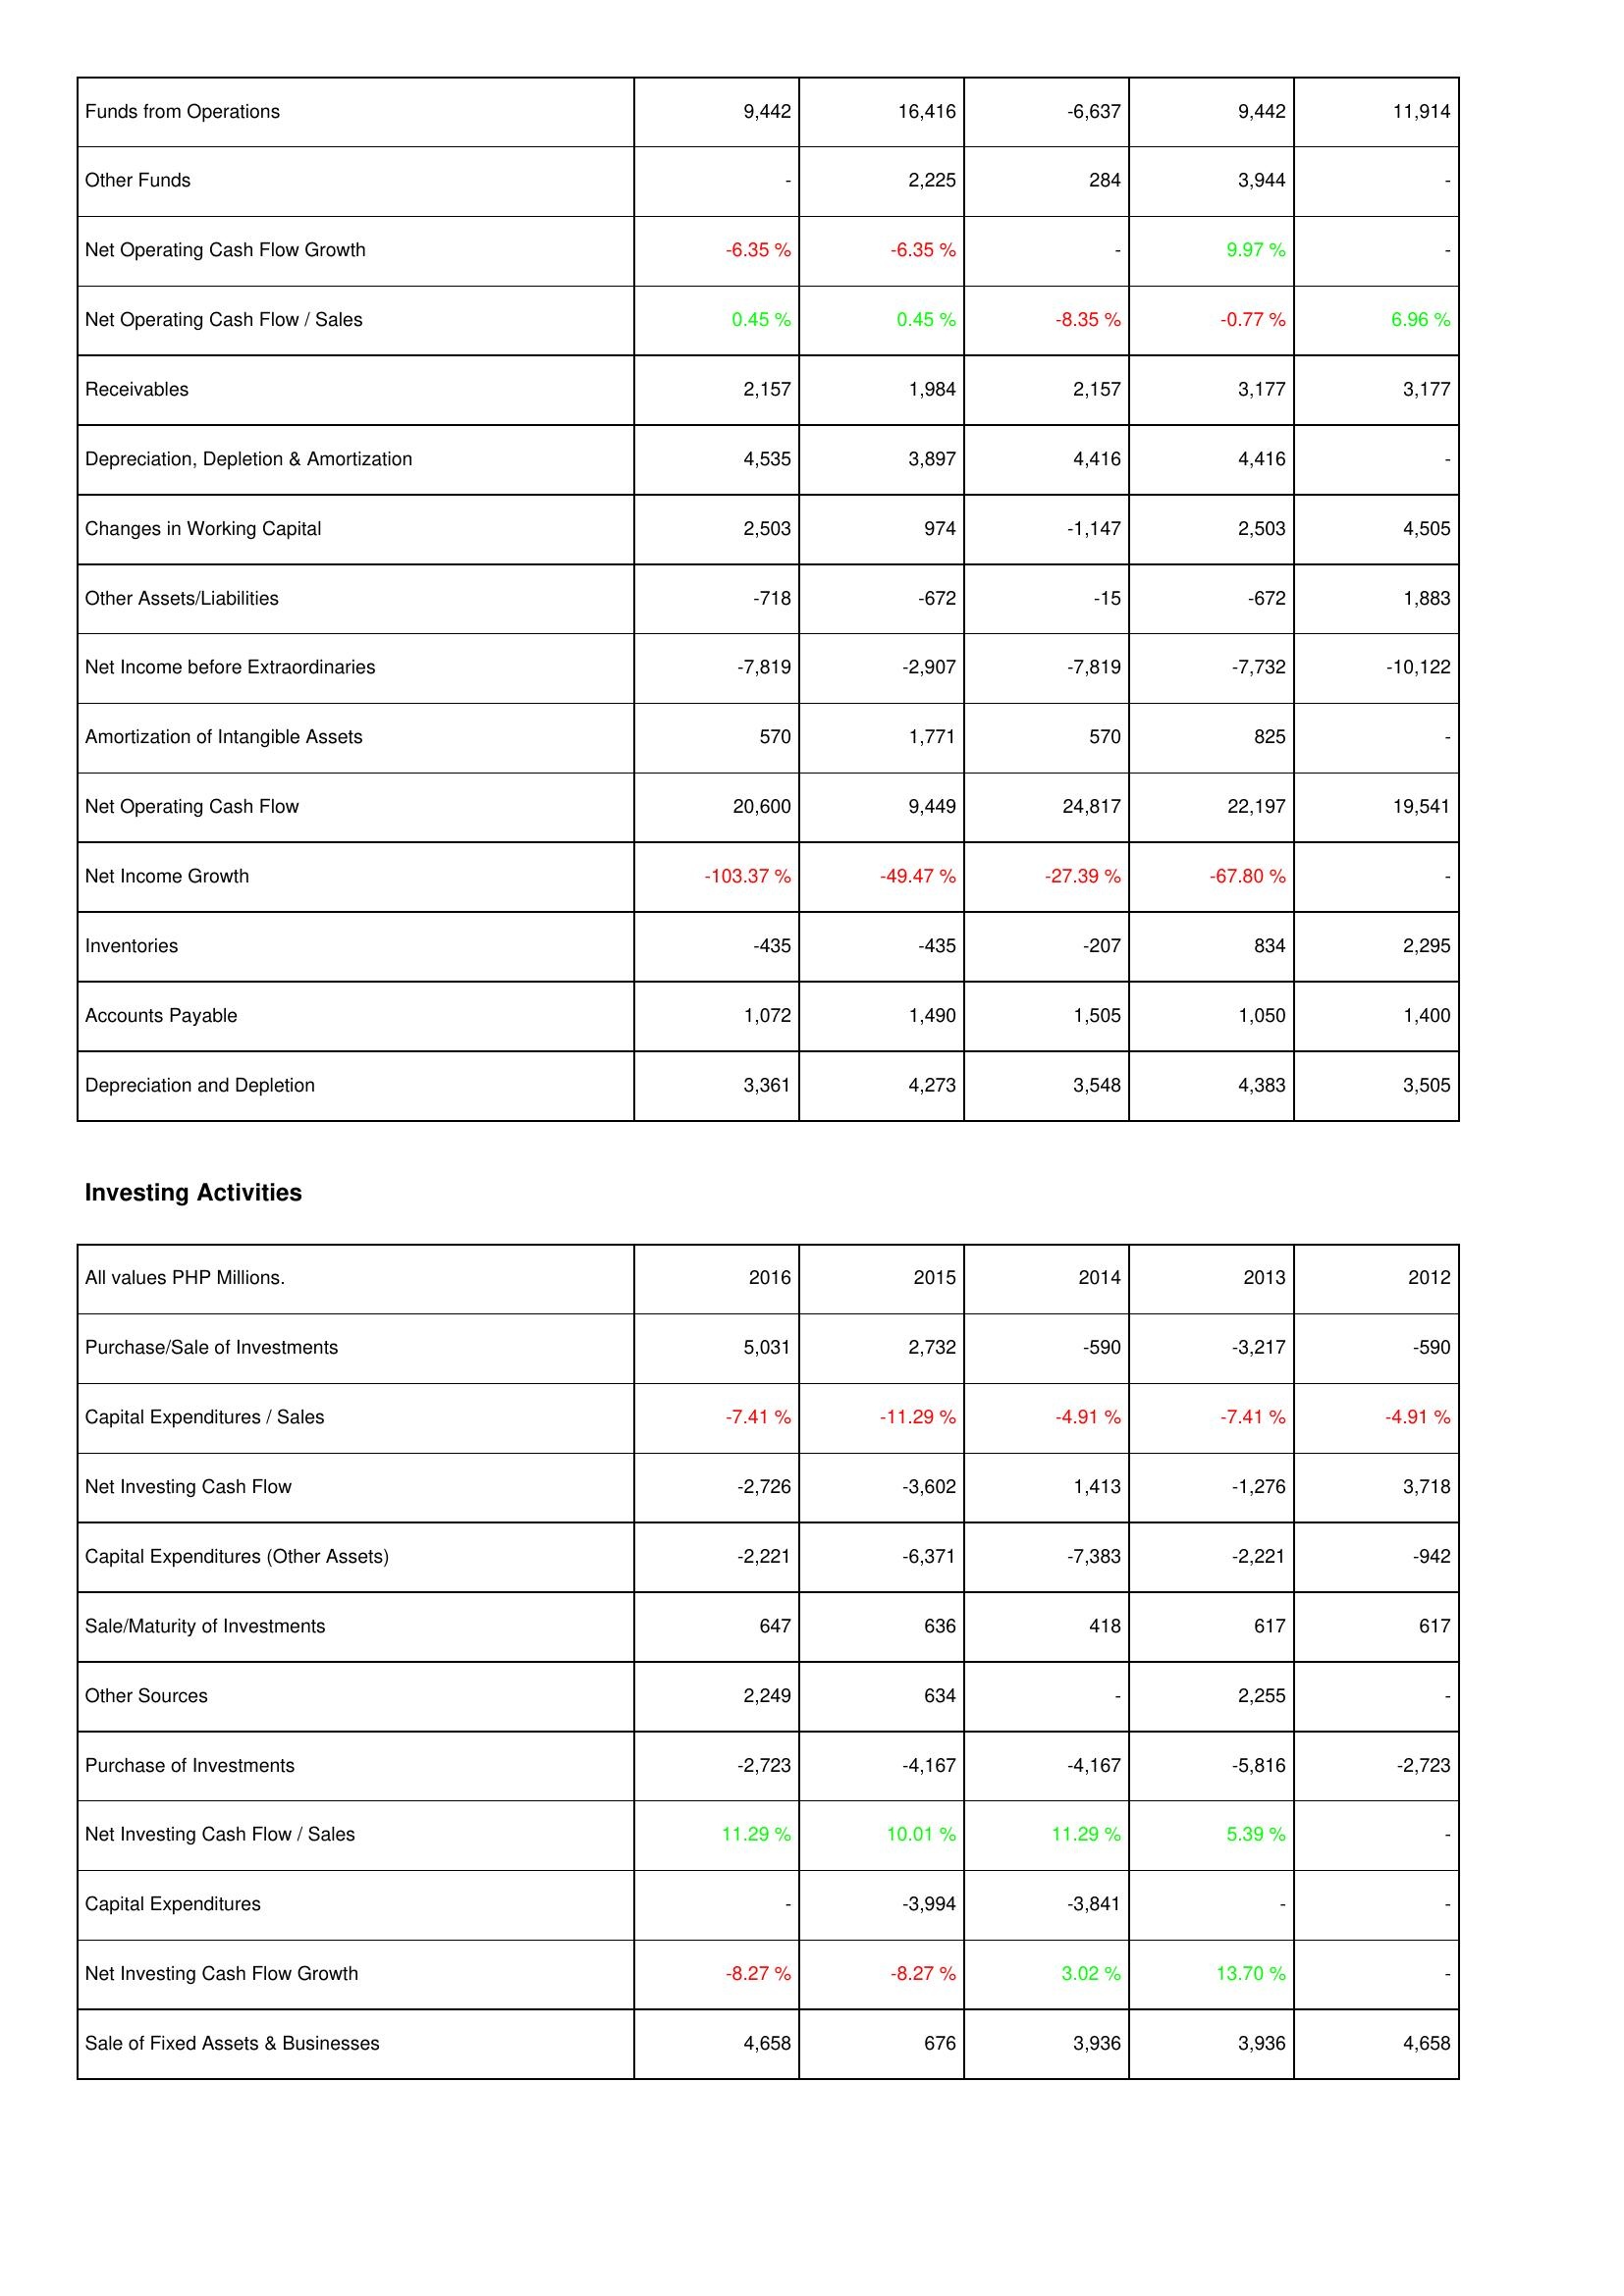
2016: Operating Activities: Funds from Operations: 9,442
Other Funds: -
Net Operating Cash Flow Growth: -6.35 %
Net Operating Cash Flow / Sales: 0.45 %
Receivables: 2,157
Depreciation, Depletion & Amortization: 4,535
Changes in Working Capital: 2,503
Other Assets/Liabilities: -718
Net Income before Extraordinaries: -7,819
Amortization of Intangible Assets: 570
Net Operating Cash Flow: 20,600
Net Income Growth: -103.37 %
Inventories: -435
Accounts Payable: 1,072
Depreciation and Depletion: 3,361
Investing Activities: Purchase/Sale of Investments: 5,031
Capital Expenditures / Sales: -7.41 %
Net Investing Cash Flow: -2,726
Capital Expenditures (Other Assets): -2,221
Sale/Maturity of Investments: 647
Other Sources: 2,249
Purchase of Investments: -2,723
Net Investing Cash Flow / Sales: 11.29 %
Capital Expenditures: -
Net Investing Cash Flow Growth: -8.27 %
Sale of Fixed Assets & Businesses: 4,658
2015: Operating Activities: Funds from Operations: 16,416
Other Funds: 2,225
Net Operating Cash Flow Growth: -6.35 %
Net Operating Cash Flow / Sales: 0.45 %
Receivables: 1,984
Depreciation, Depletion & Amortization: 3,897
Changes in Working Capital: 974
Other Assets/Liabilities: -672
Net Income before Extraordinaries: -2,907
Amortization of Intangible Assets: 1,771
Net Operating Cash Flow: 9,449
Net Income Growth: -49.47 %
Inventories: -435
Accounts Payable: 1,490
Depreciation and Depletion: 4,273
Investing Activities: Purchase/Sale of Investments: 2,732
Capital Expenditures / Sales: -11.29 %
Net Investing Cash Flow: -3,602
Capital Expenditures (Other Assets): -6,371
Sale/Maturity of Investments: 636
Other Sources: 634
Purchase of Investments: -4,167
Net Investing Cash Flow / Sales: 10.01 %
Capital Expenditures: -3,994
Net Investing Cash Flow Growth: -8.27 %
Sale of Fixed Assets & Businesses: 676
2014: Operating Activities: Funds from Operations: -6,637
Other Funds: 284
Net Operating Cash Flow Growth: -
Net Operating Cash Flow / Sales: -8.35 %
Receivables: 2,157
Depreciation, Depletion & Amortization: 4,416
Changes in Working Capital: -1,147
Other Assets/Liabilities: -15
Net Income before Extraordinaries: -7,819
Amortization of Intangible Assets: 570
Net Operating Cash Flow: 24,817
Net Income Growth: -27.39 %
Inventories: -207
Accounts Payable: 1,505
Depreciation and Depletion: 3,548
Investing Activities: Purchase/Sale of Investments: -590
Capital Expenditures / Sales: -4.91 %
Net Investing Cash Flow: 1,413
Capital Expenditures (Other Assets): -7,383
Sale/Maturity of Investments: 418
Other Sources: -
Purchase of Investments: -4,167
Net Investing Cash Flow / Sales: 11.29 %
Capital Expenditures: -3,841
Net Investing Cash Flow Growth: 3.02 %
Sale of Fixed Assets & Businesses: 3,936
2013: Operating Activities: Funds from Operations: 9,442
Other Funds: 3,944
Net Operating Cash Flow Growth: 9.97 %
Net Operating Cash Flow / Sales: -0.77 %
Receivables: 3,177
Depreciation, Depletion & Amortization: 4,416
Changes in Working Capital: 2,503
Other Assets/Liabilities: -672
Net Income before Extraordinaries: -7,732
Amortization of Intangible Assets: 825
Net Operating Cash Flow: 22,197
Net Income Growth: -67.80 %
Inventories: 834
Accounts Payable: 1,050
Depreciation and Depletion: 4,383
Investing Activities: Purchase/Sale of Investments: -3,217
Capital Expenditures / Sales: -7.41 %
Net Investing Cash Flow: -1,276
Capital Expenditures (Other Assets): -2,221
Sale/Maturity of Investments: 617
Other Sources: 2,255
Purchase of Investments: -5,816
Net Investing Cash Flow / Sales: 5.39 %
Capital Expenditures: -
Net Investing Cash Flow Growth: 13.70 %
Sale of Fixed Assets & Businesses: 3,936
2012: Operating Activities: Funds from Operations: 11,914
Other Funds: -
Net Operating Cash Flow Growth: -
Net Operating Cash Flow / Sales: 6.96 %
Receivables: 3,177
Depreciation, Depletion & Amortization: -
Changes in Working Capital: 4,505
Other Assets/Liabilities: 1,883
Net Income before Extraordinaries: -10,122
Amortization of Intangible Assets: -
Net Operating Cash Flow: 19,541
Net Income Growth: -
Inventories: 2,295
Accounts Payable: 1,400
Depreciation and Depletion: 3,505
Investing Activities: Purchase/Sale of Investments: -590
Capital Expenditures / Sales: -4.91 %
Net Investing Cash Flow: 3,718
Capital Expenditures (Other Assets): -942
Sale/Maturity of Investments: 617
Other Sources: -
Purchase of Investments: -2,723
Net Investing Cash Flow / Sales: -
Capital Expenditures: -
Net Investing Cash Flow Growth: -
Sale of Fixed Assets & Businesses: 4,658